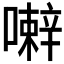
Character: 𰈹